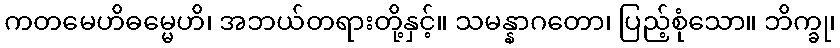
ကတမေဟိဓမ္မေဟိ၊ အဘယ်တရားတို့နှင့်။ သမန္နာဂတော၊ ပြည့်စုံသော။ ဘိက္ခု၊